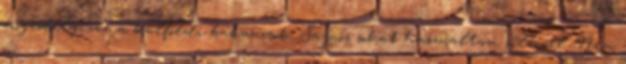
engedélyezve a külföldi bakancsok. Sajnos sokat használtam síléccel. Nem